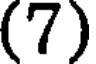
(7)